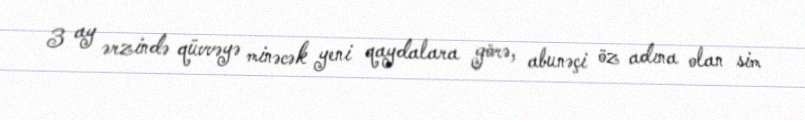
3 ay ərzində qüvvəyə minəcək yeni qaydalara görə, abunəçi öz adına olan sim